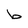
Character: b